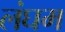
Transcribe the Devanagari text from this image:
लंघम